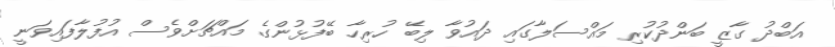
އަބްދު ގާޒީ ބަންދުކުރި މައްސަލާގައި ދައުވާ ލިބޭ ހުރިހާ ބޭފުޅުންގެ މައްޗަށްވެސް އުފުލާފައިވަނީ